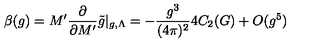
\beta ( g ) = M ^ { \prime } \frac { \partial } { \partial M ^ { \prime } } \tilde { g } | _ { g , \Lambda } = - \frac { g ^ { 3 } } { ( 4 \pi ) ^ { 2 } } 4 C _ { 2 } ( G ) + O ( g ^ { 5 } )